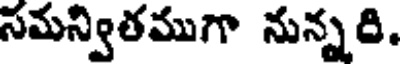
సమన్వితముగా నున్నది.